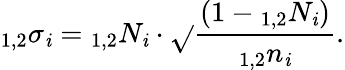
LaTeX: _{1,2}\sigma_{\mathit{i}}={_{1,2}N_{\mathit{i}}\cdot\sqrt{}{{\frac{{(1-{_{1,2}N_{\mathit{i}}})}}{{{_{1,2}n_{\mathit{i}}}}}}}}.